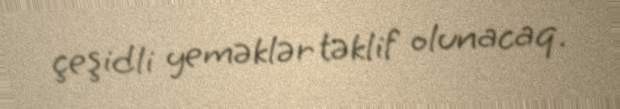
çeşidli yeməklər təklif olunacaq.